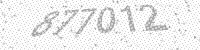
Solution: 877012